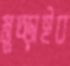
মুচ্‌ড়াইব